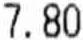
7.80